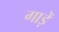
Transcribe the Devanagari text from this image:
गाड़ें